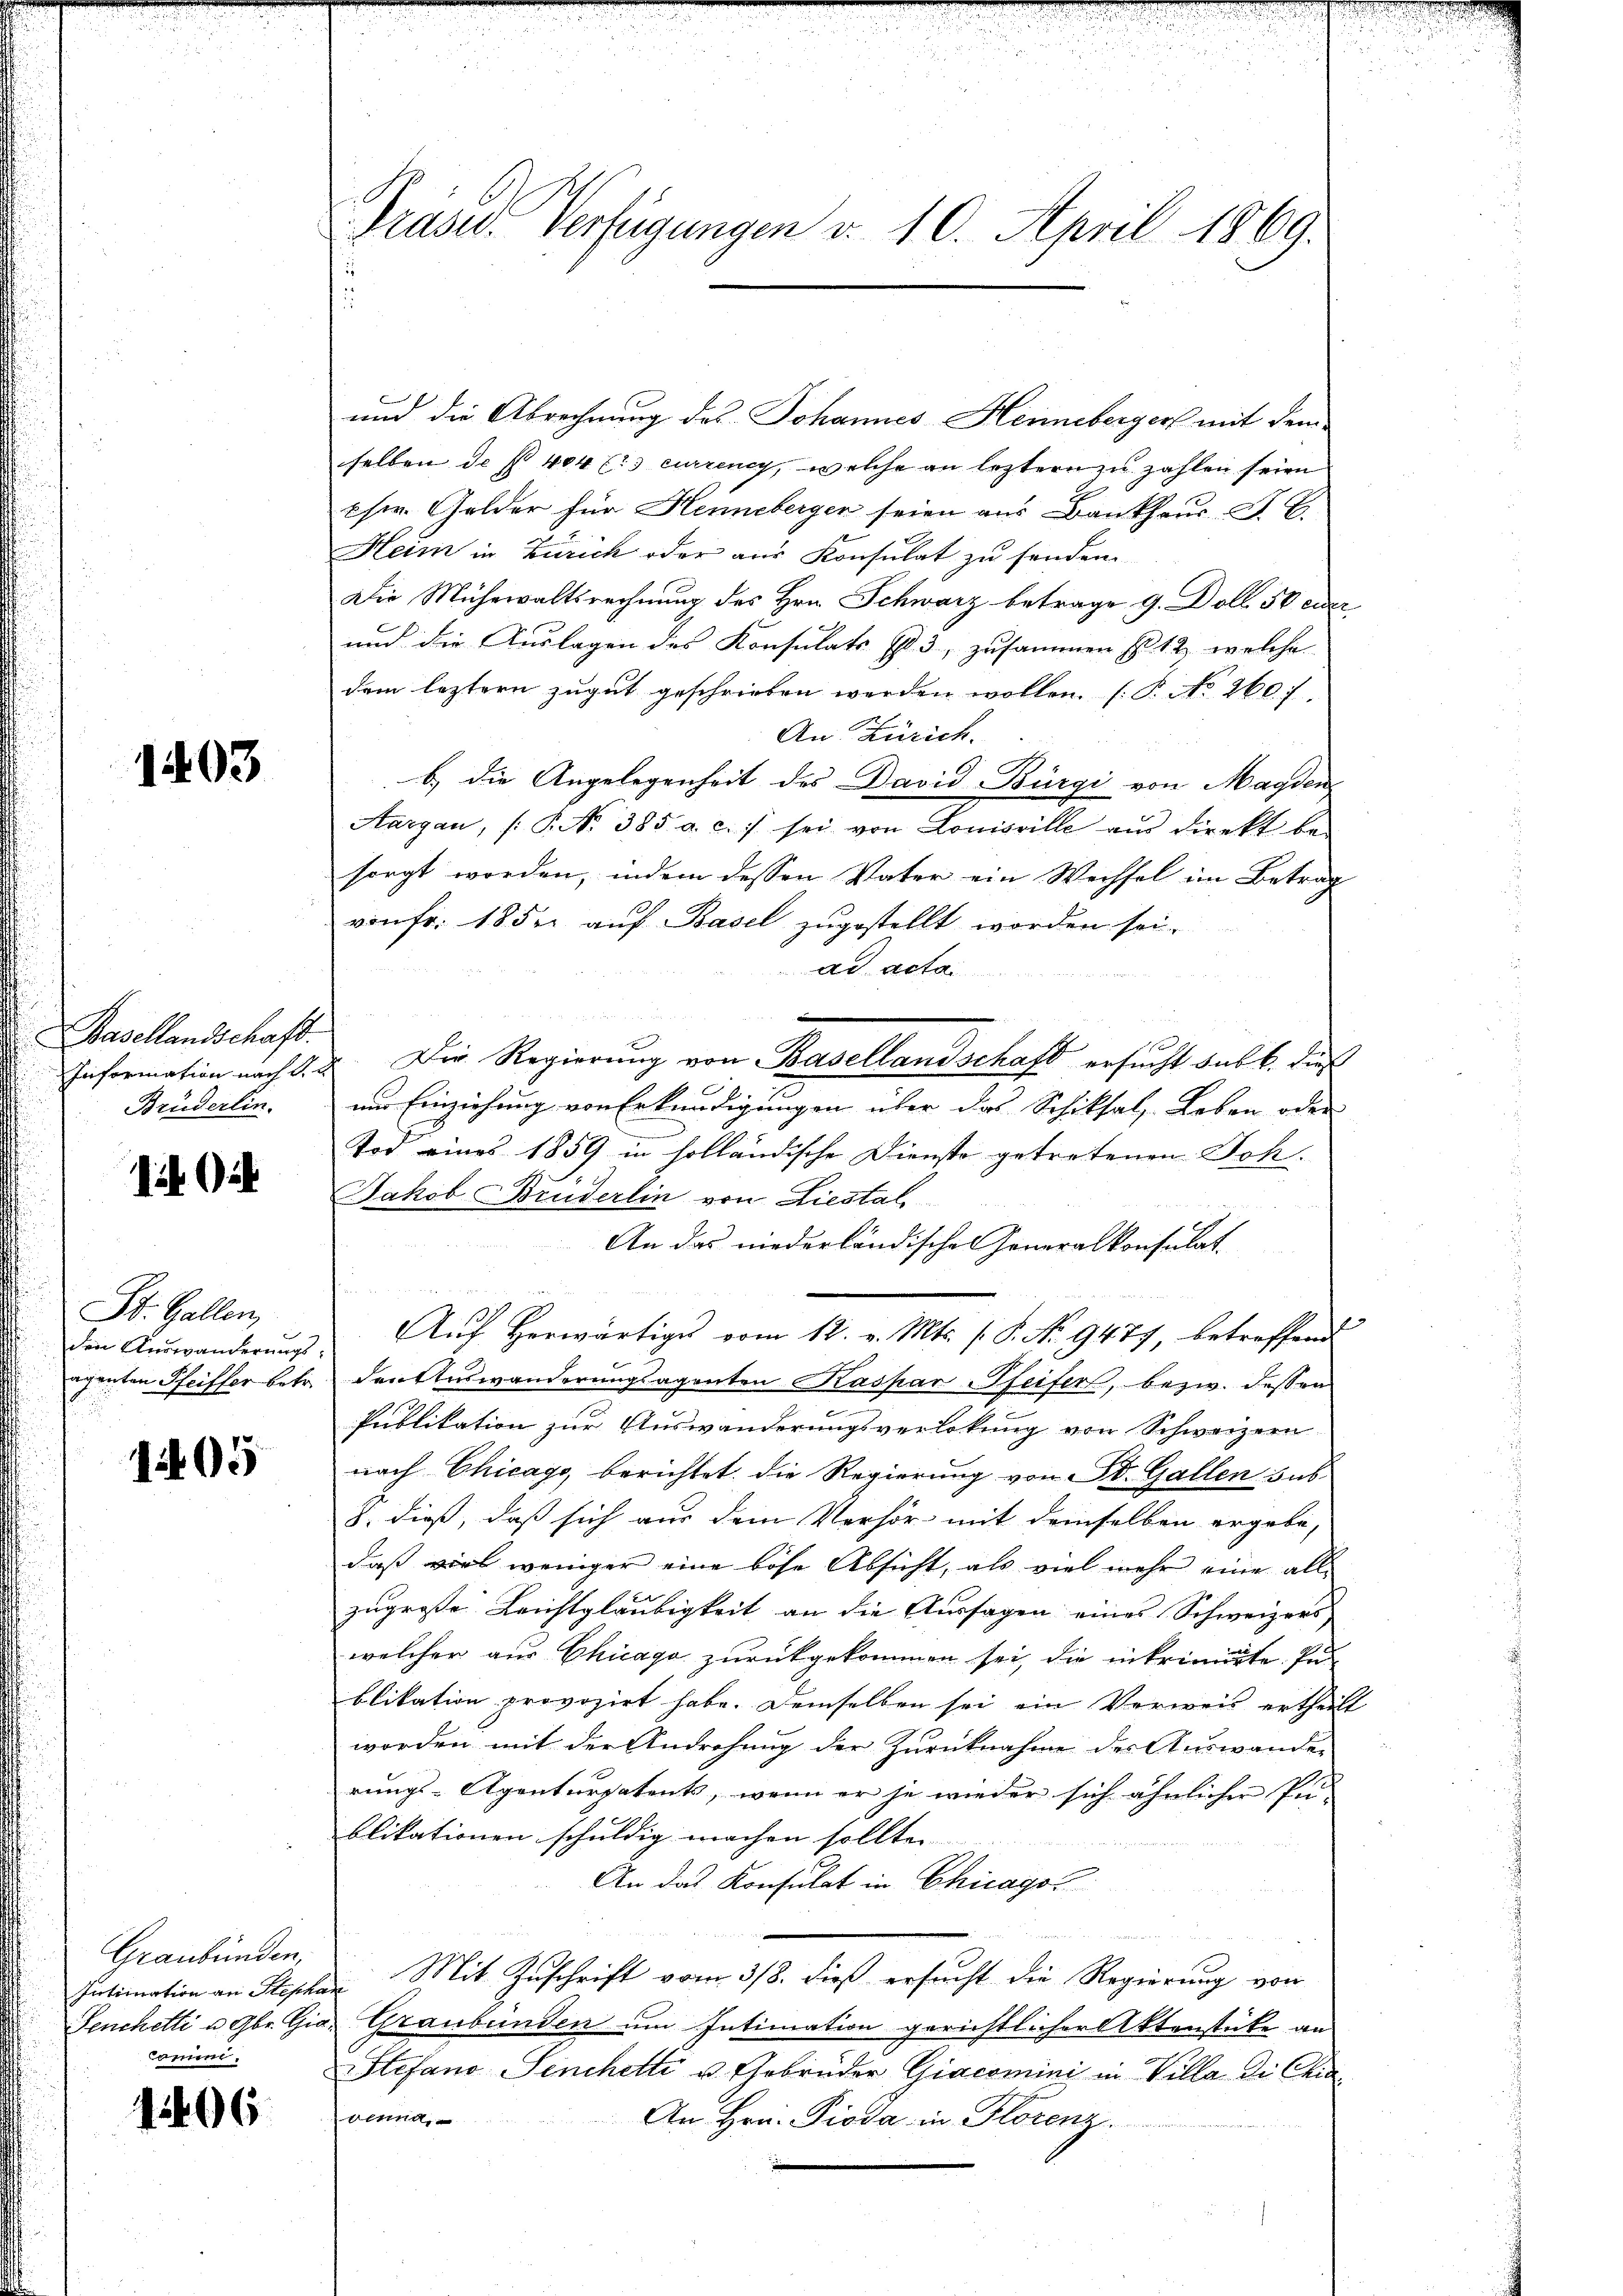
1403

Basellandschaft.
Brüderlin.

ib ab

St. Gallen,
den Auswanderungs-

1205

Graubünden,
Comme.

1406

Prase Verfügungen d. 10. April 1869.

und die Abrechnung des Johannes Hennebergert mit demselben de f. 404 (13 currency, welche an leztern zu zahlen seien
ser. Gelder für Henneberger seien aus Bankhaus G. B.
Heim in Zürich oder aus Konsulat zu senden.
Die Mühewaltsrechnung des Hrn. Schwarz betrage 9. Doll 58 der
und die Auslagen des Konsulats fl. 3, zusammen so 12, welche
dem leztern zugut geschrieben werden wollen. (T. No. 260. 1.
An Zürich.
b.) die Angelegenheit des David Bürgi von Magden
Aargau, /: No 385. a. c. sei von Louisville aŭs direkt be-
sorgt worden, indem dessen Vater ein Wechsel im Betrag
von fr. 18 der auf Basel zugestellt worden sei.
ad acta
a
Information nach d. 2. Die Regierung von Basellandschaft ersucht sub b. dies
um Einziehung von Erkundigungen über das Schiksal, Leben oder
Tod eines 1859 in holländische Diensto getretenen Joh.
Jakob Bruderlin von Liestal

An das niederländischen Generalkonsulat
Aŭf herwärtige vom 12. v. Mts. (: P. No. 9477, betreffend
henten Pfeiffer betr. den Auswanderungsagenten Kaspar Pfeifers, bezw. dessen
Publikation zur Auswanderungsverlokung von Schweizern
nach Chicago, berichtet, die Regierung von St. Gallen sub
8. dieß, daß sich aus dem Verhör mit demselben ergebe,
daß viel weniger eine böse Absicht, als viel mehr eine all-
zugroße Leichtgläubigkeit an die Aussagen eines Schweizers
welcher aus Chicago zurückgekommen sei, die in krimite Publikation provozirt habe. Demselben sei ein Verweis ertheilt
worden mit der Androhung der Zurücknahme der Auswander
rungs-Agenturpatents, wenn er je wieder sich ähnlicher Pu-
blikationen schuldig machen sollte.
An das Konsulat in Chicago
Intimation an Stephan Mit Zuschrift vom 318. dieß ersucht die Regierung von
Senchetti u Gbr. Gio. Graubünden um Intimation gerichtlicher Aktenstücke an
Stefano Senchetti u. Gebrüder Giacomini in Villa die Chia
venna
An Hrn. Pioda in Florenz.